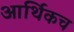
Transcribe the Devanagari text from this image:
आर्थिकच